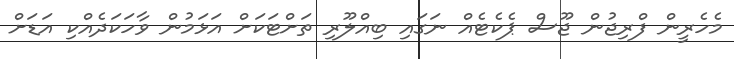
މެހެރީން ފްރިޖުން ޖޫސް ޕެކެޓެއް ނަގައި ބިއްލޫރި ތަށްޓަކަށް އަޅަމުން ވާހަކަދެއްކި އަޑަށް